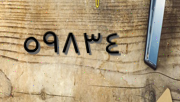
٥٩٨٣٤